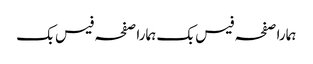
ہمارا صفحہ فیس بک	ہمارا صفحہ فیس بک